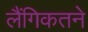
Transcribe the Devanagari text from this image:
लैंगिकतने